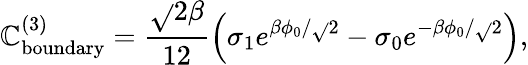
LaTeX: \mathbb{C}_{\mathrm{{boundary}}}^{(3)}=\frac{{\sqrt{}{{2}}\beta}}{{12}}\left(\sigma_{1}e^{\beta\phi_{0}/\sqrt{}{{2}}}-\sigma_{0}e^{-\beta\phi_{0}/\sqrt{}{{2}}}\right),